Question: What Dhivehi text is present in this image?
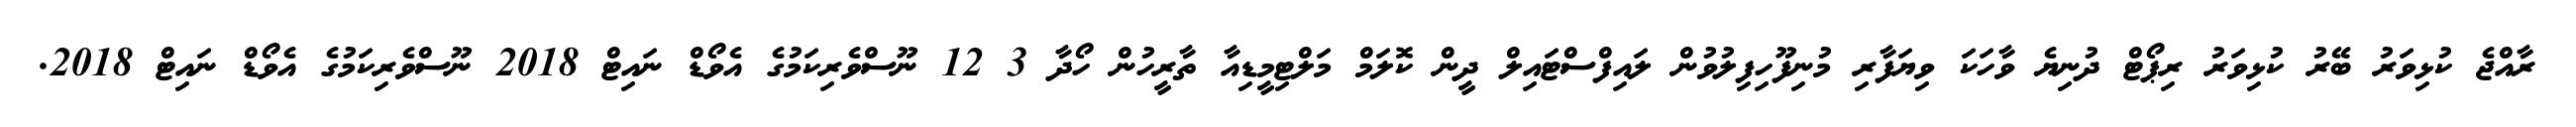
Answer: ރާއްޖެ ކުޅިވަރު ބޭރު ކުޅިވަރު ރިޕޯޓް ދުނިޔެ ވާހަކަ ވިޔަފާރި މުނިފޫހިފިލުވުން ލައިފްސްޓައިލް ދީން ކޮލަމް މަލްޓިމީޑިއާ ތާރީހުން ހޯދާ 3 12 ނޫސްވެރިކަމުގެ އެވޯޑް ނައިޓް 2018 ނޫސްވެރިކަމުގެ އެވޯޑް ނައިޓް 2018.